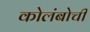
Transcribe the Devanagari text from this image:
कोलंबोची